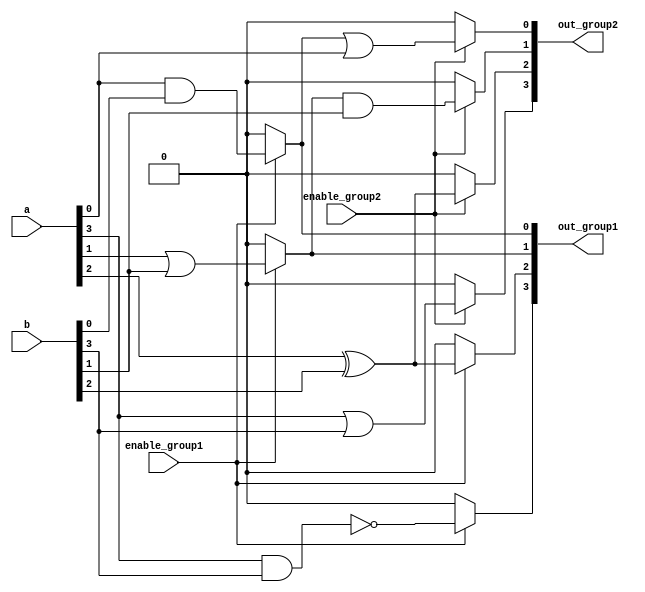
module overlapping_groups (
    input wire [3:0] a,        // Primary input signals
    input wire [3:0] b,        // Primary input signals
    input wire enable_group1,  // Control signal for Group 1
    input wire enable_group2,  // Control signal for Group 2
    output reg [3:0] out_group1, // Output from Group 1
    output reg [3:0] out_group2  // Output from Group 2
);

// Group 1 Logic Block
always @(*) begin
    if (enable_group1) begin
        // Example logic: AND and OR operations
        out_group1[0] = a[0] & b[0]; // AND operation
        out_group1[1] = a[1] | b[1]; // OR operation
        out_group1[2] = a[2] ^ b[2]; // XOR operation
        out_group1[3] = ~(a[3] & b[3]); // NAND operation
    end else begin
        out_group1 = 4'b0000; // Default output when disabled
    end
end

// Group 2 Logic Block
always @(*) begin
    if (enable_group2) begin
        // Example logic: Combination of inputs from Group 1 and new inputs
        out_group2[0] = out_group1[0] | a[0]; // OR with Group 1 output
        out_group2[1] = out_group1[1] & b[1]; // AND with Group 1 output
        out_group2[2] = a[2] ^ b[2]; // XOR operation
        out_group2[3] = a[3] | b[3]; // OR operation
    end else begin
        out_group2 = 4'b0000; // Default output when disabled
    end
end

endmodule